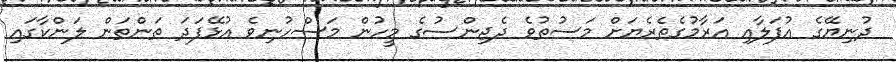
ދުނިޔޭގެ އުފަލާއި އަރާމުގެތެރެޔަށް މަސުތުވެ ދެޖިންސުގެ މީހުން މަސްހުނިވެ އުޅޭފަދަ ތަންތަން ލަންކާގައި